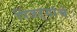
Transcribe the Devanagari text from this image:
पिंजऱ्यांचे